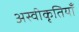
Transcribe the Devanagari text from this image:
अस्वीकृतियाँ